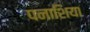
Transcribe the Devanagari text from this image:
पनाशिया